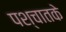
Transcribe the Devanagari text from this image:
पश्चातके